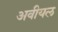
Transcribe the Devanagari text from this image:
अवीयल